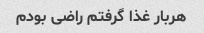
هربار غذا گرفتم راضی بودم